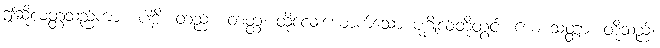
ဤဆိုလတ္တံ့သည်ကား။ ပါဠိ၊ တည်း။ တတ္ထ၊ ထိုလေးယောက်သော ပုဂ္ဂိုလ်တို့တွင်။ ယေ သတ္တာ၊ တို့သည်။